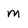
Character: m